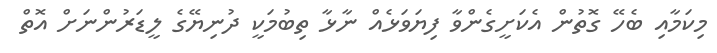
މިކަމާއި ބެހޭ ގޮތުން އެކަށީގެންވާ ފިޔަވަޅެއް ނާޅާ ތިބުމަކީ ދުނިޔޭގެ ލީޑަރުންނަށް އޮތް